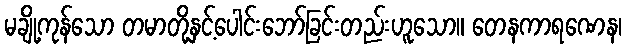
မချို့ကုန်သော တမာတို့နှင့်ပေါင်းဘော်ခြင်းတည်းဟူသော။ တေနကာရဏေန၊